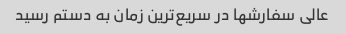
عالی سفارشها در سریع‌ترین زمان به دستم رسید